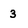
Character: 3